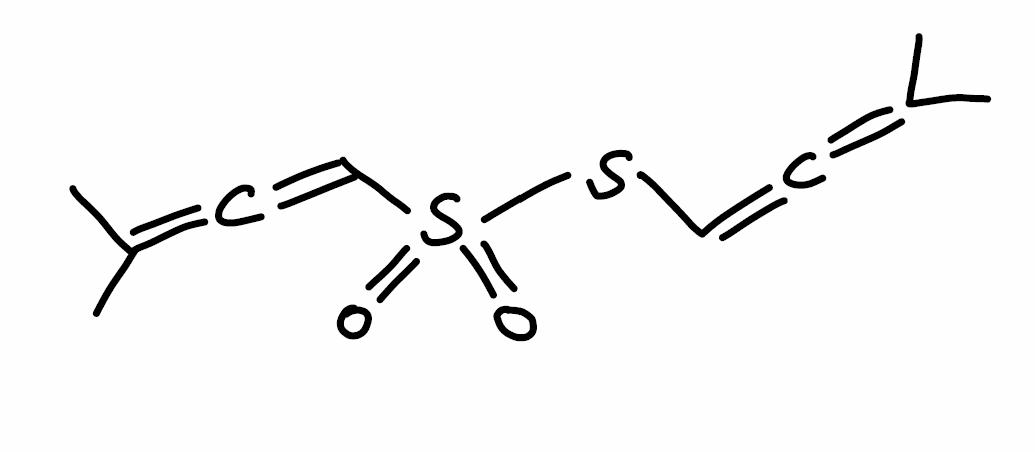
Simplified molecular-input line-entry system (SMILES) notation of the given molecule:
CC(=C=CSS(=O)(=O)C=C=C(C)C)C